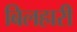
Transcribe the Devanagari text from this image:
बिलहारी